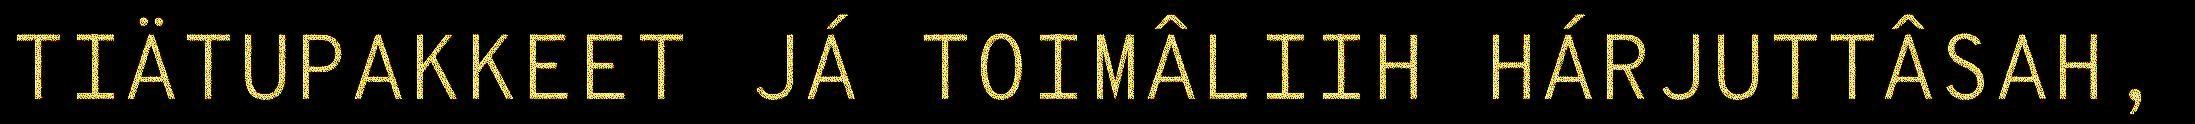
TIÄTUPAKKEET JÁ TOIMÂLIIH HÁRJUTTÂSAH,